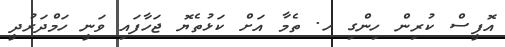
އޮފީސް ކުރިން ހިންގި ހ. ތެމާ އަށް ކަޅުތެޔޮ ޖަހާފައި ވަނީ ހަމްދަރުދީ